Bréfritari: Klemens Björnsson
Viðtakandi: Jón Borgfirðings Jónsson
Dagsetning: A-1855-11-07
Skrifað á: Ferstiklu  Borg.

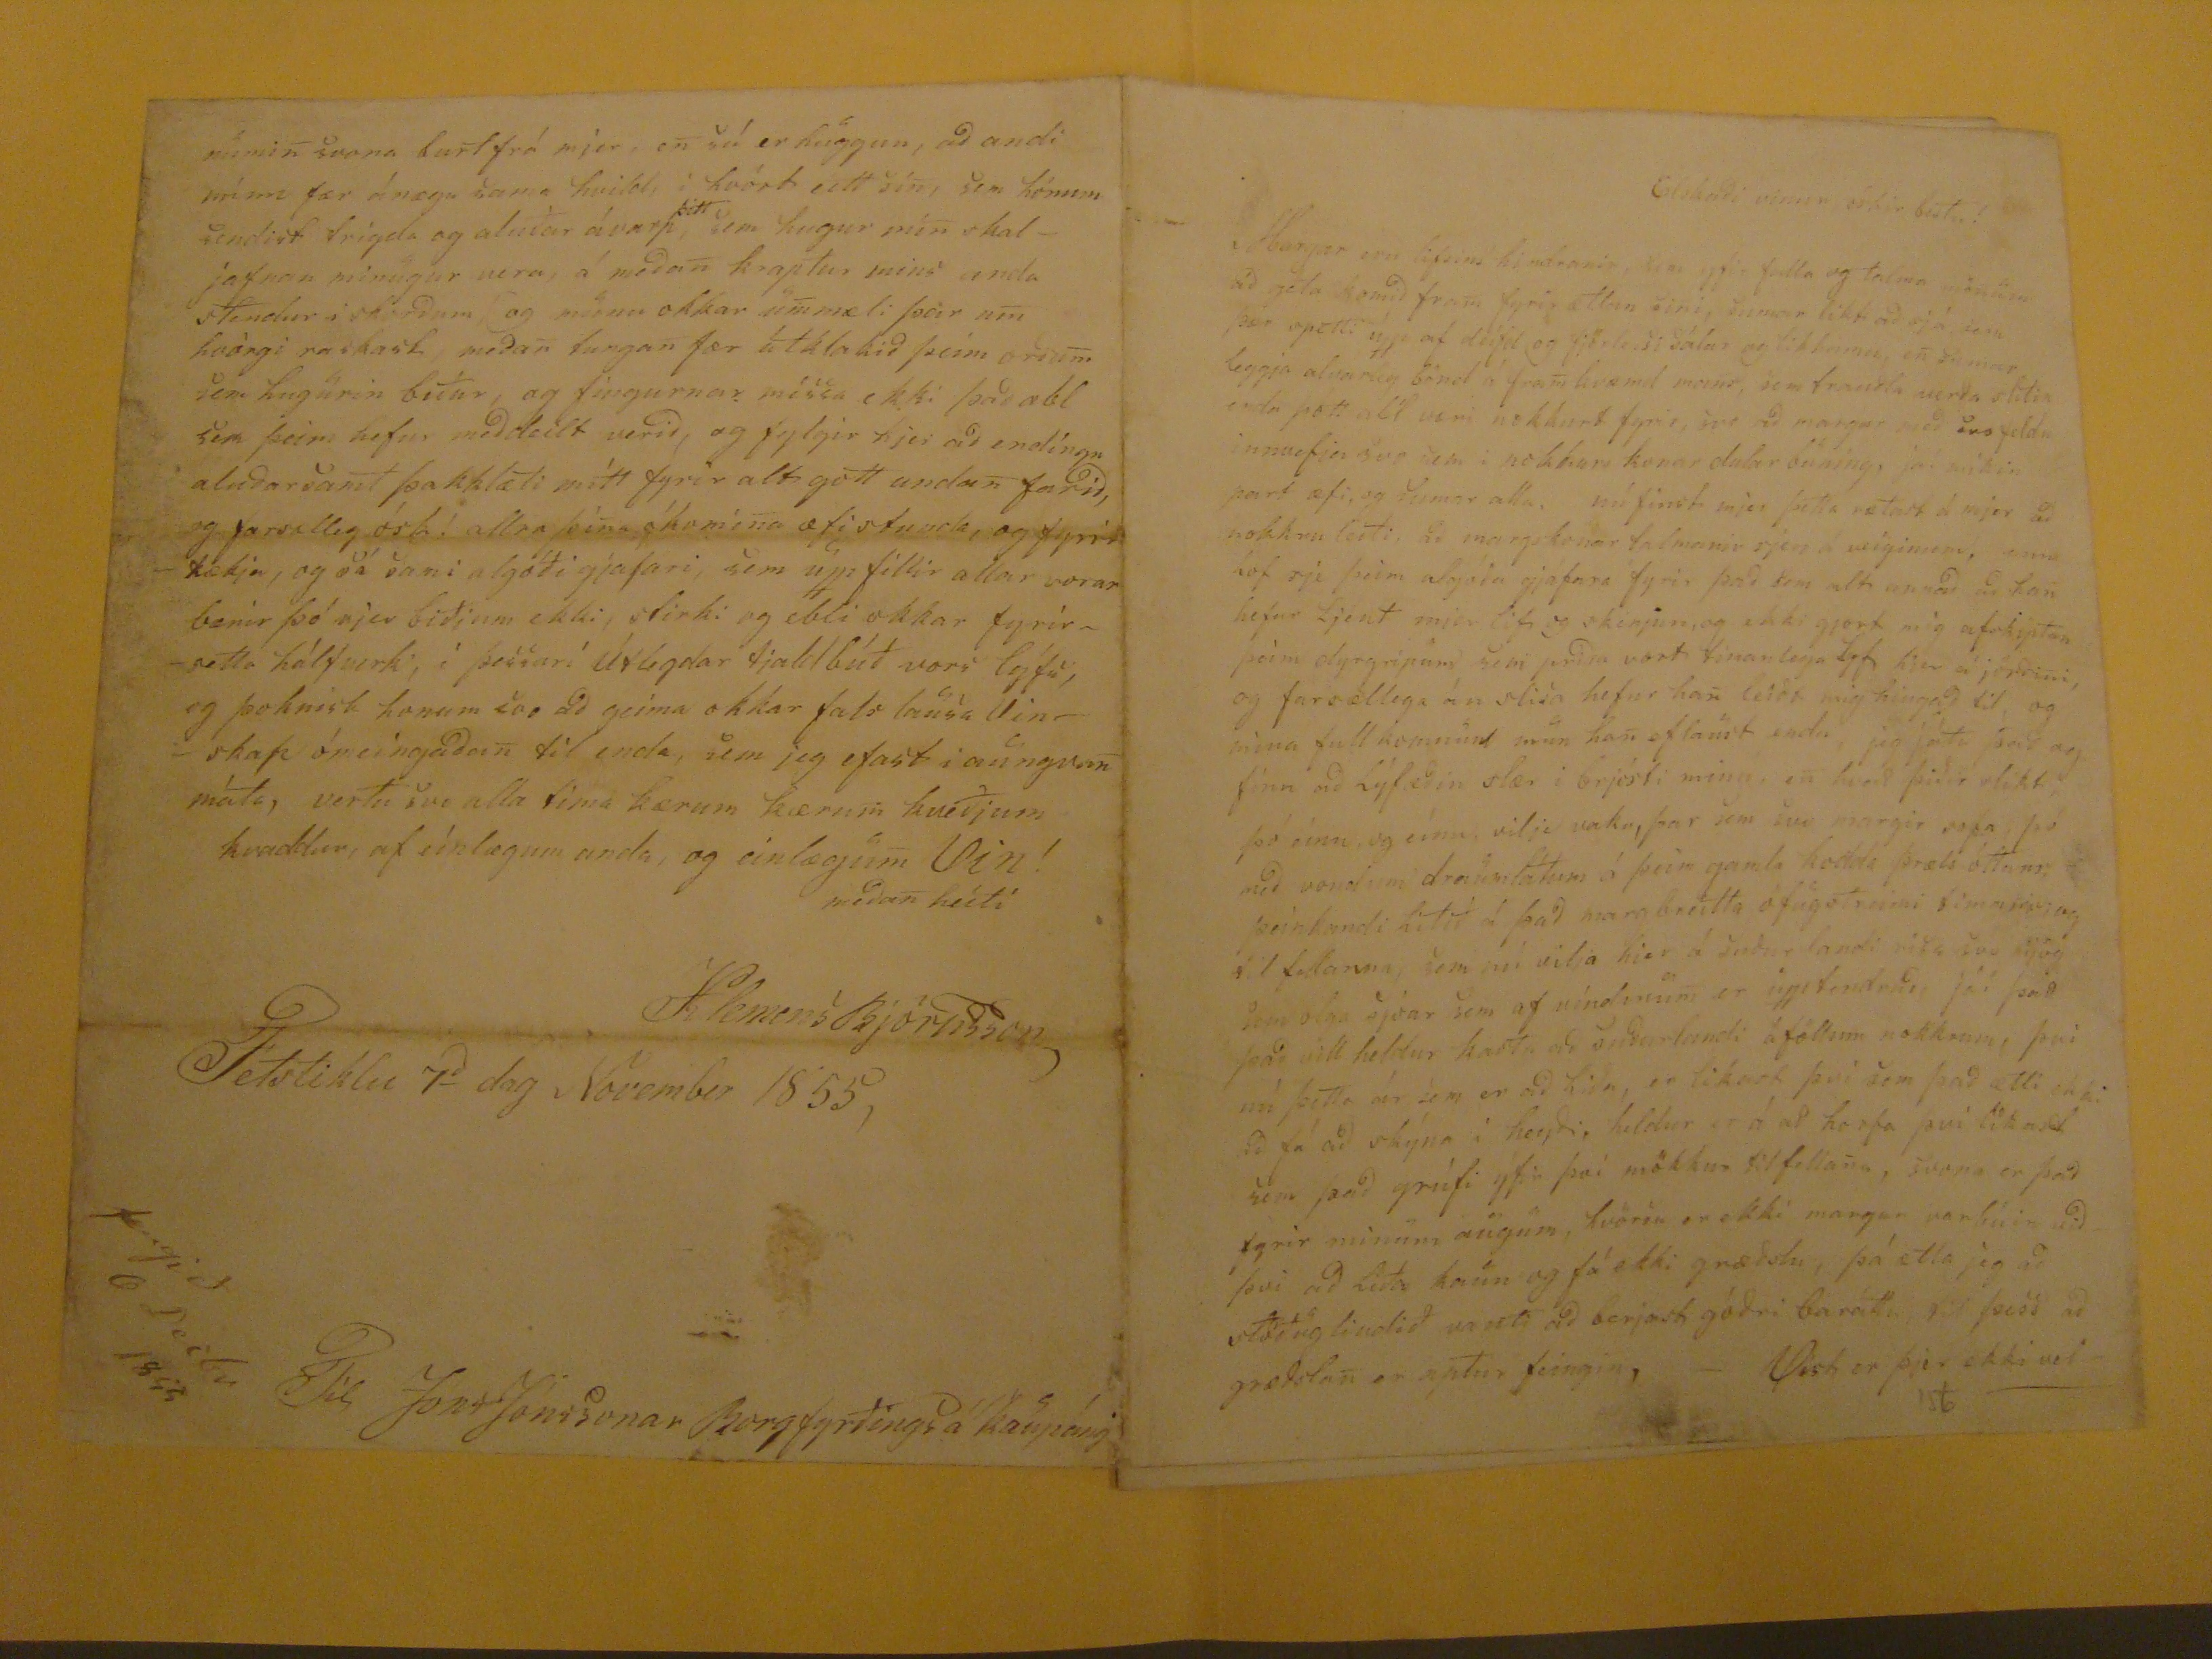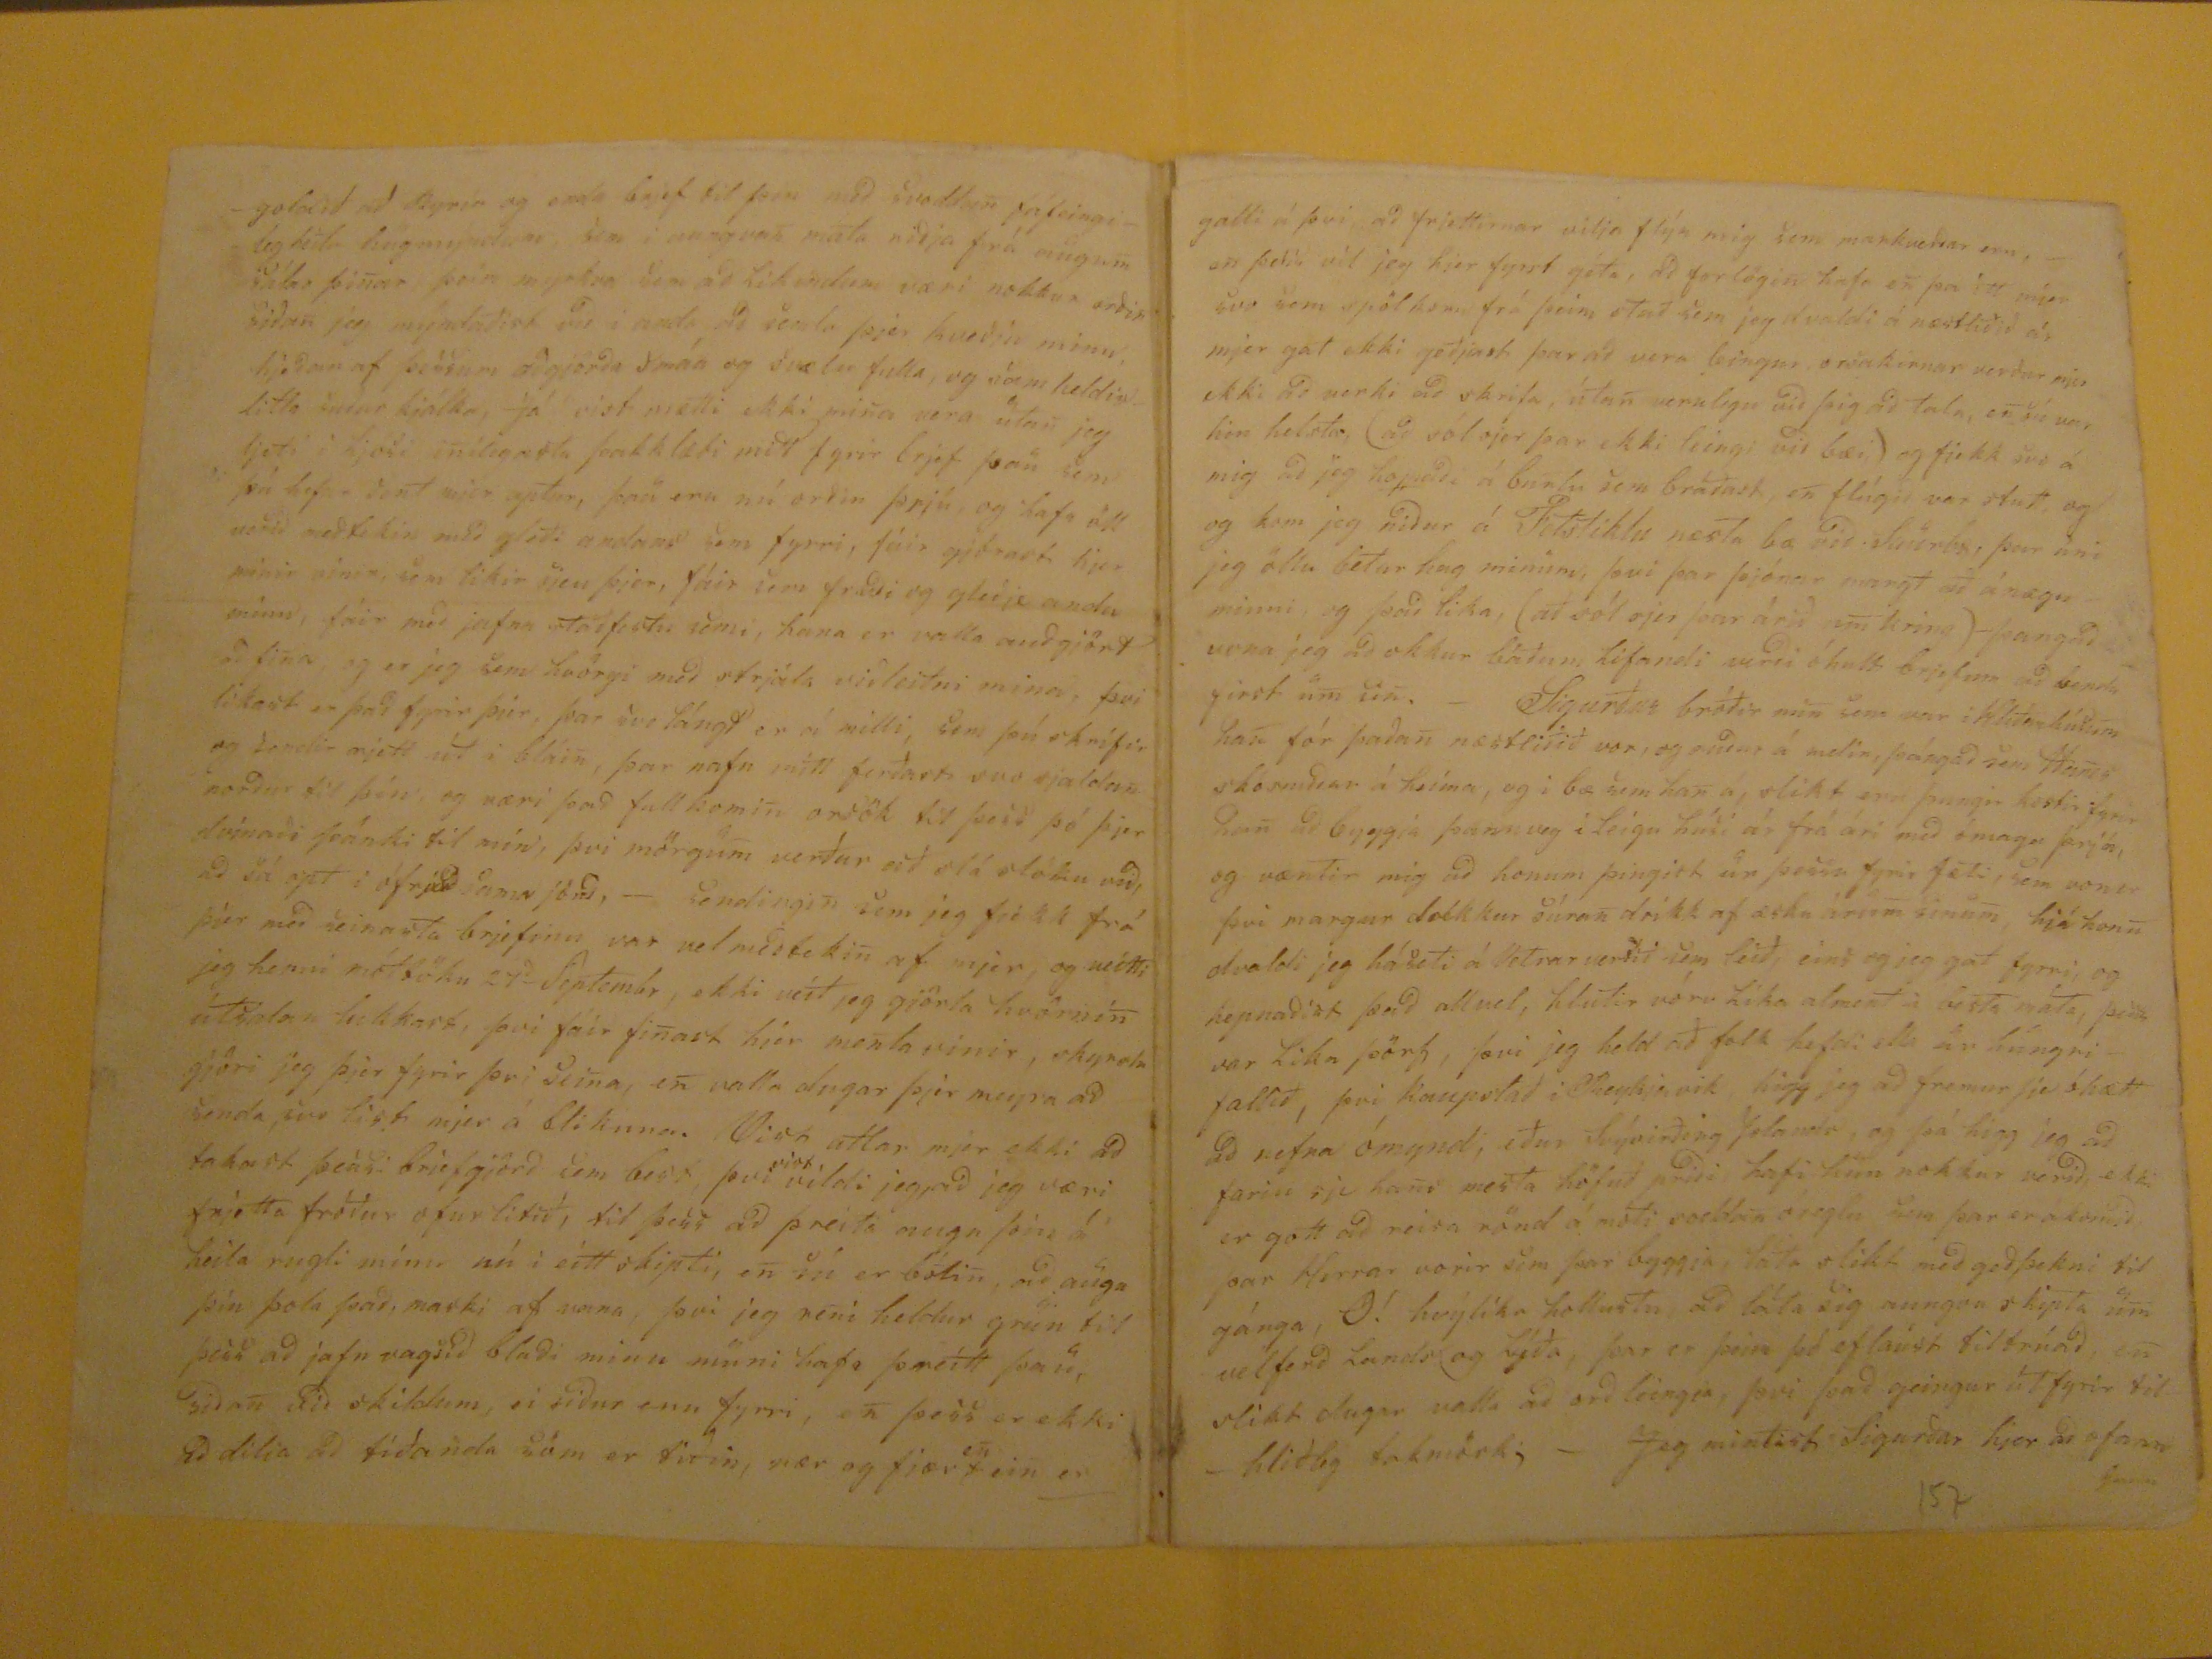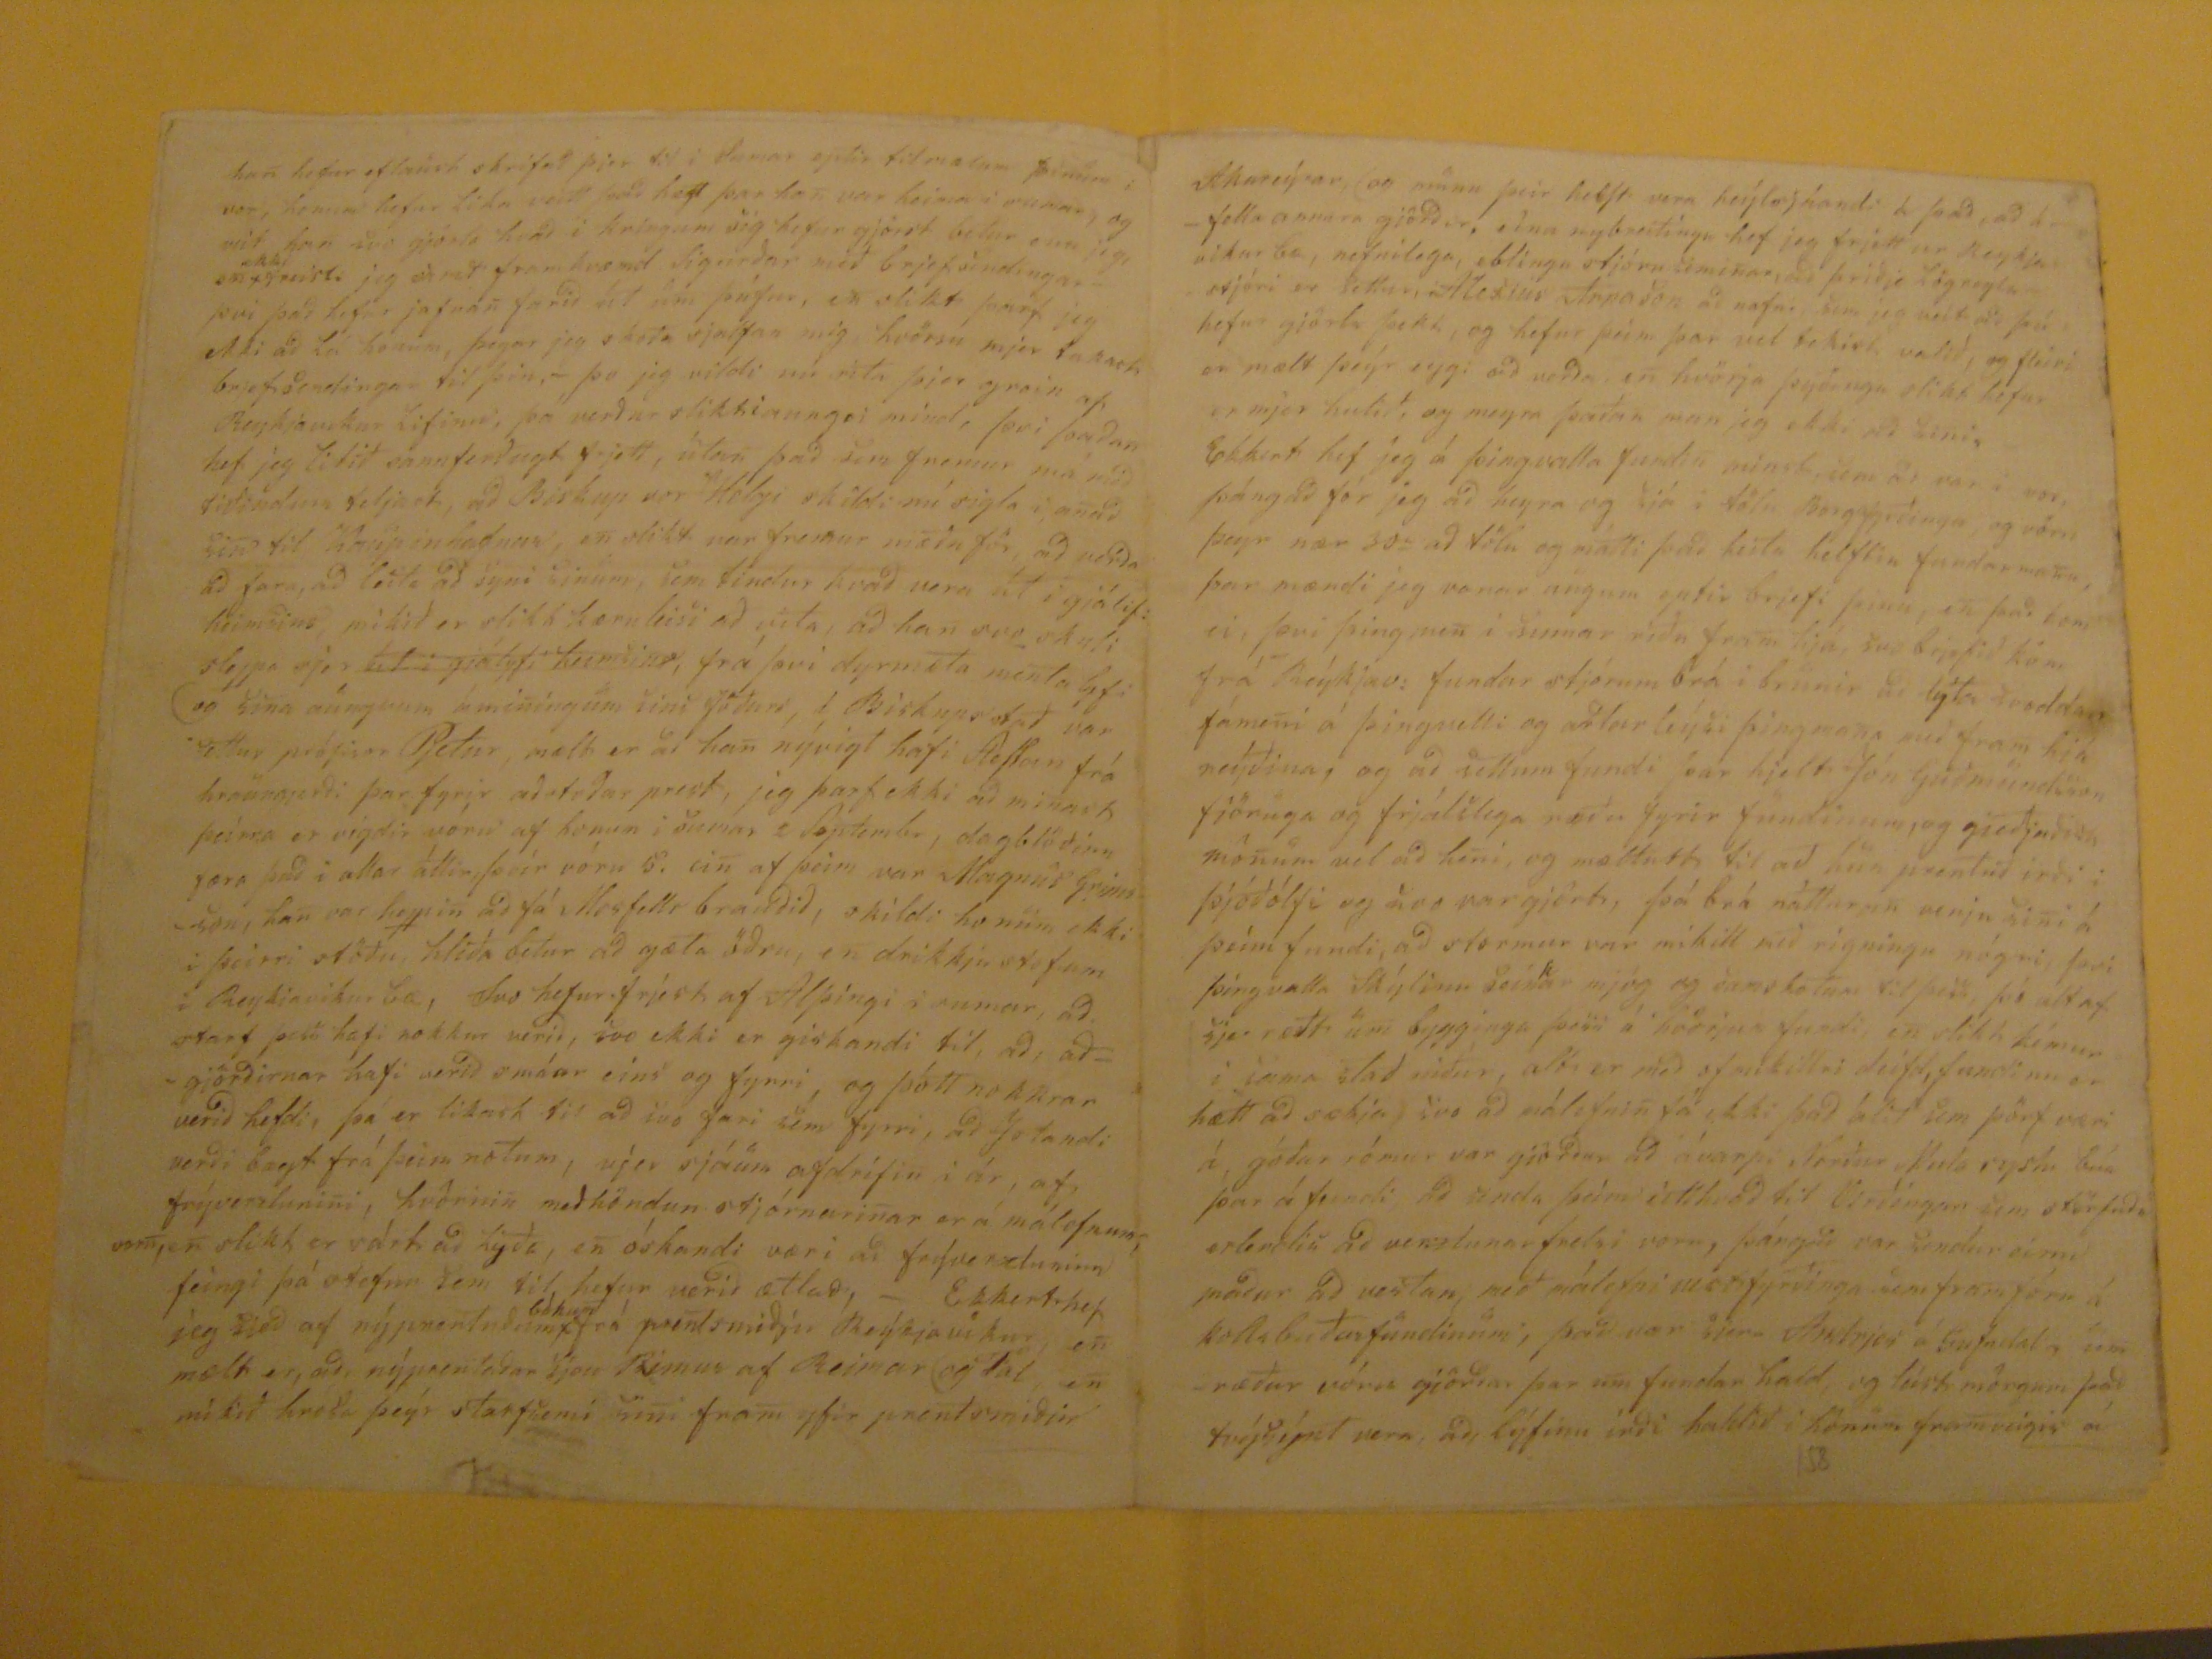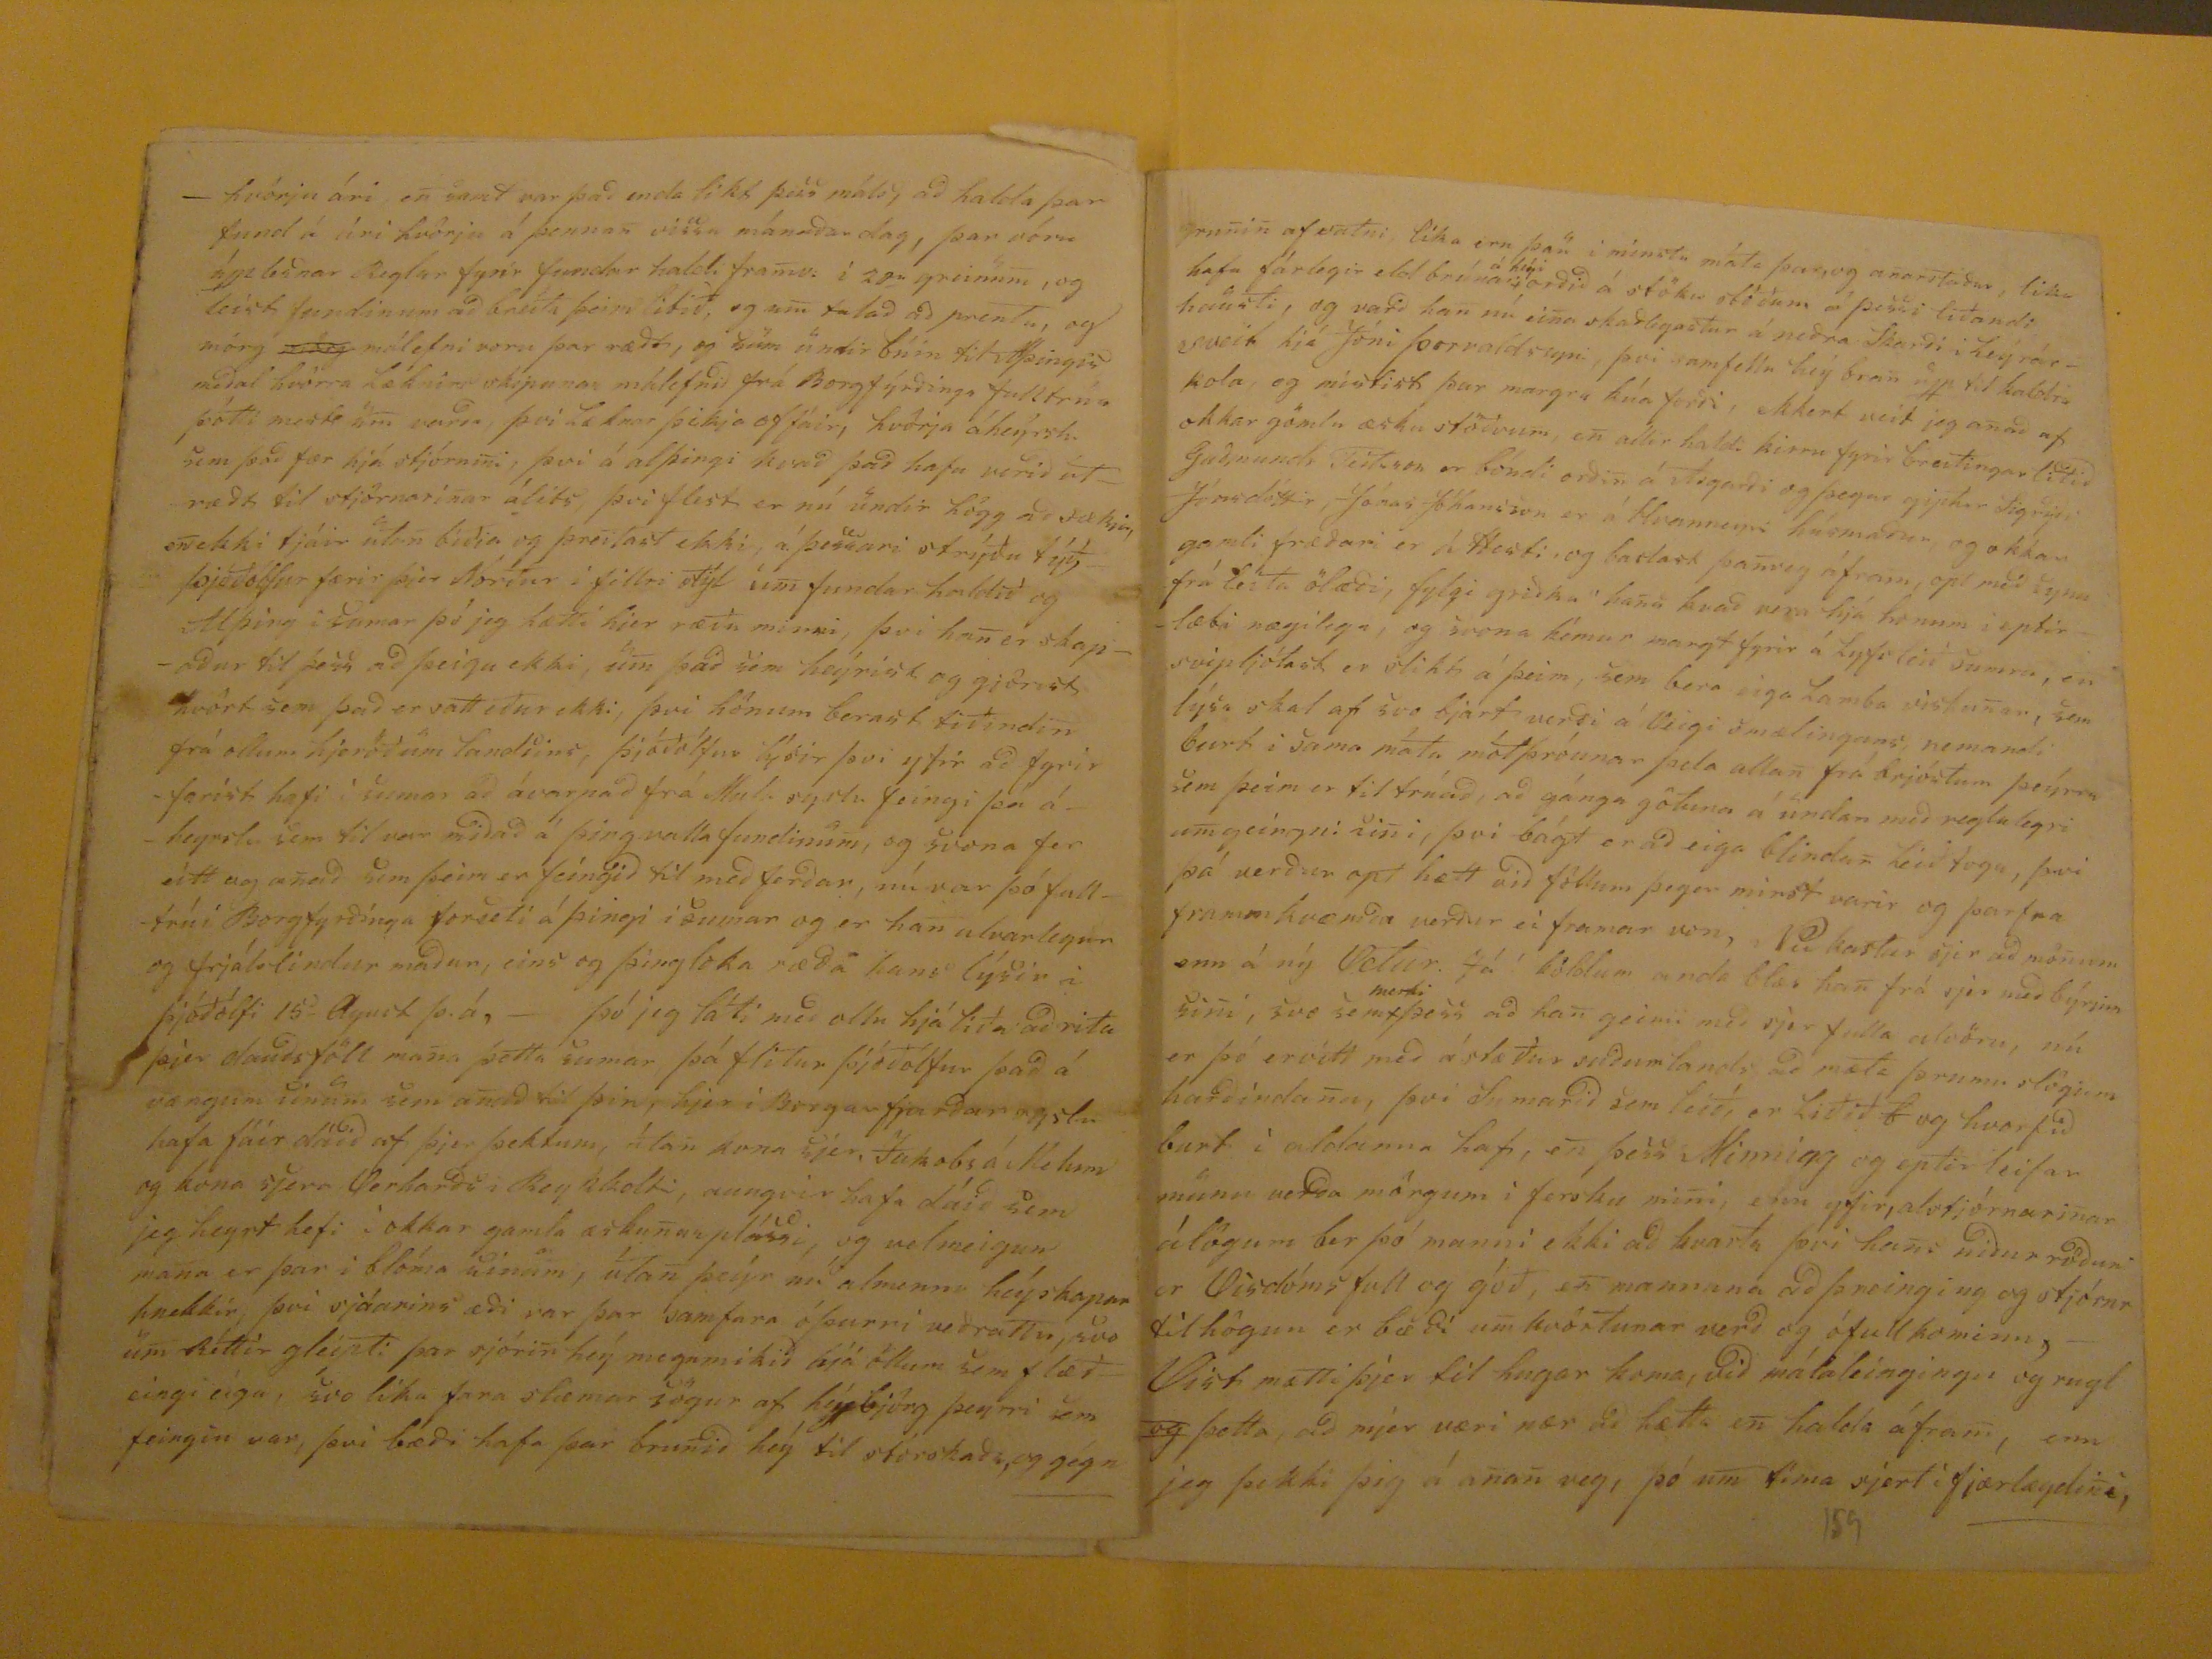

Elskaði vinur óskir bestu!
Margar eru lifsins hindranis, sem yfir falla og talma mönum að geta komið fram fyrir ætlan sini, sumar likt að sjá sem þær spetti upp af deifd og fjörleisi sálar og likama, en sumar leggja alvarleg bönd á fram kvæmd mans, sem trauðla verða slitin enda þótt alt væri nokkurt fyrir, svo að margar með svo feldu innvefju svo sem i nokkurs konar dular búning,
??
mikin part æfi, og sumar alla nú finst mjer þetta rætast á mjer að nokkru leiti, að margskonar talmanir sjeu á veiginum, enn lof sje þeim algóða gjafara fyrir það sem alt annað að han hefur ljent mjer lif og
skenpin
, og ekki gjort mig afskiptan þeim dyrgripum sem priða vort timanlega lyf hjer á jörðini og farsællega án sliða hefur han leiðt mig hingað til og mina full komnum mun han eflaust enda jeg játa það og finn að lýfæðin slær i brjósti minu, en hvað þiðir slikt þó einn, og einn vilji vaka, þar sem svo margir sofa þó með vondum draumlátum á þeim gamla kodda þræls óttans, þánkandi litlið á það margbreitta ögugstreimi
timans og
til fellanna, sem nú vilja hier á suður landi riss svo mjög sem olga sjóar sem af vindinum er upptendruð fái það það vill heldur kasta að suðurlandi áföllumnokkrum, það nú þetta ár sem er að liða, er likast þvi sem það ætti ekki að fá að skýna í heyði, heldur er á að horfa þvi likast sem það grúfi yfir því mökkur tilfellana, svona er það fyrir minum augum, hvöriu er ekki margur vanbúin við þvi að liða kaun og fá ekki græðslu, þá ætla jeg að stöðug lindið vanti að berjast góðri baráttu, til þess að græðslan er aptur feingin, Vist er þjer ekki vel
goldið að Byria og enda brjef til þin með svoddan fáfeingileg heilu hugmyndum, sem i aungvan máta riðja frá augum
Ðntar
þinar þeim myrkva sem að likindum væri nokkur
orðir
siðan jeg myndaðist við i anda að senda þjer kveðjumina, hjeðan af þessum aðgjörða smáa og svælu fulla, og sam heldislitla
intur kjálka
, Já vist mætti ekki mina vera utan jeg ljeti i ljósi inilegasta þakklæti mitt fyrir brjef þau sem þú hefur sent mjer aptur, þau eru nú orðin þrjú, og hafa öll verið meðtekin með gleði andans sem fyrri, fáir gjörast hjer minir vinir, sem likir sjeu þjer, fáir sem fræði og gleðje anda minn, fáir með jafna staðfestu semi, hana er valla auðgjört að fina, og er jeg sem hvörgi með strjála viðleitni mina, þvi likast er það fyrir þjer, þar svo lángt er á milli, sem þú skrifir og sendir rjett út i bláin, þar nafn mitt ferðast svo sjaldan norður til þ´ðin, og væri það fullkomin orsök til
þeir
þó þjer dvínaði þánki til mín, þvi mörgum verður að slá slöku við, að sá opt i
ófrjoð
sama jörð,- sendingin sem jeg fjekk frá þjer með seinasta brjefinu var vel meðtekin af mjer, og veitti jeg henni móttöku 27
d
Septembr, ekki veit jeg gjörla hvörnin útsalan lukkast, þvi fáir finast hjer mentavinir,
skyrar
gjöri jeg þjer fyrir þvi seina, en valla dugar þjer meyra að senda, svo list mjer á blikuna. Vist ætlar mjer ekki að takast þessi brjefgjörð sem best, þvi
vist
vildi jeg,að jeg væri frjetta fróður ofurlitið, til þess að þreita augu þin á heita rugli minu nú í eitt skipti, en sú er bótin, að augu þín þola það, marki af unna, þvi jeg reni heldur grun til
þeir
að jafn vagsið blaði minu muni hafa þreitt þan, siðan við skildum, ei siður enn fyrri, en þess er ekki að dilia að tiðanda sam er tiðin, nær og fjær
en
ein er
galli á þvi, að friettirnar vilja flýa mig sem markverðar eru, en þess vil jeg hjer fyrst géta, að forlögin hafa en þa itt mjer svo sem spölkorn frá þeim stað sem jeg dvaldi á næstliðið ár mjer gat ekk igeðjast þarað vera leingur orsakirnar verður mjer ekki að verki að skrifa, utan verulegu við þiga ð tala, en sú var hin helsta, (að sól sjer þar ekki leingi við bæi,) og fjekk svo á mig að jeg hoppaði á burtu sem bráðast, en flúgið var stutt og og kom jeg niður á Fetstiklu næsta bæ við Saurbæ, þaráni jeg öllu betur hag minum, þvi þar þjónar margt að ánægu mini, og það lika, (að sól sjer þar árið um kring)- þangað vona jeg að okkur báðum lifandi verði óhult brjefum að benda first um sin. - Sigurður bróðir min sem var i Hliðarhúsum han fór þaðan næstliðið vor, og suður á melin, þángað sem HAnes skósmiður á heima, og i bæ sem han á, slikt eru þungir kostir fyrir han að byggja þann veg i leigu húsi ár frá ári með ómaga þrjá, og væntir mig að honum þingist úr þessu fyrir féti, sem von er þvi margur drékkur súran drikk af æsku árum sinum, hjá konu dvaldi jeg háseti á Vetrar vertið sem leið, sem og jeg gat fyrri, og hepnaðist það allvel, hlutir vóru lika alment i besta máta, þess var lika þörf, þvi jeg held að folk hefdi
illa úr
hungri fallið, þvi kaupstað i Reykjavik higg jeg að fremur sje óhætt að nefna ómynd, eður Svývirðing Oslands, og þá higg jeg að farin sje hans mesta höfuð
uriði
hafi hun nokkur verið, ekki er gott að reisa rönd á moti soddan óreglu sem þar er á komið þar Herrar vorir sem þar byggja, láta slikt með geðþekni til gánga, O! hvýlíka hollustu, að láta sig aungan skipta um velferð lands og lýða, þar er þeim þó eflaust tiltrúað, en slikt dugar valla að orðleingja, þvi það geingur útfyrir tilhliðleg takmörk; - Jeg mintist Sigurðar hjer að ofann
han hefur eflaust skrifað þjer til i Sumar eptir tilmælum þinum i vor, honum hefur lika veitt það hægt þar han var heima i sumar, og veit han svo gjörla hvað i kringum sig hefur gjörst betur enn jeg,
en
ekki
reist. jeg
sa með
framkvæmd Sigurðar með brjef sendingar þvi það hefur jafnan farið ut um þúfur, en slikt þarf jeg ekki að lá honum, þegar jeg skoða sjalfan mig hvörsu mjer takast brjefsendingar til þin,- þo jeg vildi nú rita þjer grein af Reykjavikur lifinu, þá verður sliktiaungri mind, þvi þaðan hef jeg litið sannferðugt frjett, utan það sem fremur má við tiðindum teljast, að Biskup vor Helgi skildi nú sigla i anað sin til Kaupinhafnar, en slikt var fremur mæðuför, að verða að fara, að leita að syni sinum, sem tindur kvað vera út i gjálif: heimsins, mikið er slikt kæruleisi að vita, að han svo skilu sleppa sjer
ut i gjályfi heimsins
, frá þvi dyrmæta mentalyfi og sina aungvum áminingum
sini föðurs
, i Biskupsstað var settur prófisor Pjetur, mælt er að han nývigt hafi
Steffan
frá hraungjerði þar fyrir aðstoðar prest, jeg þarf ekki að minast þeirra er vigdir vóru af honum i sumar i September, dagblöðinn færa það i allar áttir, þeir vóru 5. ein af þeim var MAgnus Grimsson, han var heppin að fá Mosfells brauðið, skildi honum ekki i þeirri stöðu, hliða betur að gæta öðru, en drikkju stofum i REykjavikurbæ, Svo hefur frjest af Alþíngi i sumar, að starf þess hafi nokkur verið, svo ekki er giskandi til, að, aðgjörðirnar hafi verið smáar eins og fyrri, go þótt nokkrar verið efdi, þá er likast til að svo fari sem fyrri, að Islandi verði bægt frá þeim notum, vjer sjáum afdrifin i ár, af frýverslunini, hvörnin meðhöndun stjórnarinar er á málefnum en slikt er várt að lýða, en óskandi væri að frýverxluninn feingi þá stefnu sem til hefur verið ætlað, - Ekkert hef jeg sjeð af nýprentuðum
bókum
frá prentsmiðju Reýkjavíkur, en mælt er, að nýprentaðar sjeu Rimur af Reimar (og
Tal
, en mikið hrosa þeýr starfsemi sini fram yfir prentmiðju
Akureýrar, og munu þeir helst vera
heýlo?handi
á það, að
h?fell
annara gjörðir, eina nybreitingu hef jeg frjett ur Reykjavikur bæ, nefnilega, eblingu stjórn
seminar
, að þriðje Lögreglustjóri er settur,
Alexius Arnason
að nafni, sem jeg veit að þú hefur gjörla þekt, og hefur þeim þar vel tekist valið, og fleiri er mælt
þeýr eygi
að verða, en hvörja þyðingu slikt hefur er mjer hulið, go meyra þaðan man jeg ekki að sini, Ekkert hef jeg á Þingvalla funin minst, sem að var i vor, þángað f´ro jeg að heyra og sjá i tölu Borgfyrðinga, og vóru þeyr nær 30
u
að tölu og mátti það heita helftin fundarmana, þar mændi jeg vonar augum eptir brjefi þinu, en það kom ei, þvi þingmen i sumar réðu fram hjá, svo brjefið kom frá Reýkjav: fundar stjórum brá i brunir að lýta svoddan fámeni á þingv elli og
arlar
leysi þingmana með fram hjá neýðina, og að settum fundi þar hjelt Jón Guðmundsson fjöruga og frjálslega ræðu fyrir fundinum, og
gieðjaðist
mönum vel að heni, og mættust til að hun prentuð irði i Þjóðólfi og svo var gjört, þá brá nátturan venju sini á þeim fundi, að stormur var mikill með rigningu nógri, þvi Þingvalla Skýlinu sein
k
ar mjög og samskonar til þess, þó altaf sje ræðt um byggingu þess á
hvorju?
fundi, en slikt kémur i sama stað niður, alt er með ofmikillri deifd,fundinn er hætt að sækja svo að málefnin fá ekki það álit sem þörf væri á, góður rómur var gjörður að ávarpi N orður Mula syslu búa þar á fundi að senda þeim eitthvað til Virðingar sem störfuðu erlendis að venzlunarfrelsi voru, þángað var sendur eirn maður að vesta, með málefni
metfyrðinga
sem fram fóru á
kolla
burðarfundinum, það var sjera Andrjes á Gufudal, umræður vóru gjörðar þar um fundar hald, og leist mörgum það tvýsýnt vera, að lýfinu irði haldið i hönum framveigis á
-hvörju ári, en samt var það enda likt þess máls, að halda þar fund á ári hvörju á þennan vissa mánaðardag, þar vóru upplesnar Reglur fyrir fundar haldi framv. i 20
u
greinum, og leist fundinum að breita þeim litið, og um talað að prenta, og mörg
mörg
málefni voru þar ræðt, og sum undir búin til Alþingis meðal hvörra læknir skipunar málefnið frá Borgfýrðinga fulltrúa þótti
mest
um varða, þvi læknar þikja offáir, hvörja áheýrsl. sem það fær hjá stjórnini, þvi á alþingi kvað það hafa verið útræðt til stjórnarinar álits, þvi flest er nú undir högg að sækia, en ekki tjáir utan biðia og þreitast ekki, á þessari strýðu týð, Þjóðólfur færir þjer Norður i fillri stýl um fundar haldið og Alþing i sumar þó jeg hætti hjer ræðu minni, þvi han er skapaður til þess að þeigu ekki, um það sem heýrist og giörist hvört sem það er satt eður ekki, þvi hönum berast tiðindin frá ollum hjeröðum landsins, Þjóiðólfur lýsir þvi yfir að fyrir farist hafi i sumar að ávarpað frá Mula syslu feingi þá áheyrslu sem til var miðað á þingvallafundinum, og svona fer eitt og anað sem þeim er feingið til með ferðar, nú var þó fulltrúi Borgfyrðínga forseti á þingi i sumar og er han alvralegur og frjálslindur maður, eins og þingloka ræða hans lýsir i Þjóðólfi 15- Agust þ.á, - þó jeg láti með ollu hjá liða að rita þjer dauðsföll mana þetta sumar, þá flitur Þjóðólfur það á vængum sinum sem anað til þin, hjer i borgarfjarðar syslu hafa fáir dáið af þjer þektum, útan kona sjer Jakobs á Melum og kona sjera Verharði i Reykholti, aungvir hafa dáið sem jeg heyrt hefi i okkar gamla æskunarplássi, og velmeigum mana er þar i blóma sinum, útan þeýr ur almennu heýskapar hnekkir, þvi sjáarins æði var þar samfara óþurri veðráttu, svo um Réttir gleipti þar sjórin heý megnmikið hjá öllum sem flæðeingi eiga, svo lika fara slæmar sögur af heýbjörg þeyrri sem feingin var, þvi bæði hafa þar brunið heý til stórskaðs, og gégn
runin af vatni, lika eru þau i minsta máta þar,og anarstaðar, lika hafa fárlegir eld brúnar
á heýi
orðið á stöku stöðum á þessi liðandi hausti, og varð han nú eina skaðlegastur á neðra Skarði i Leyrarsveit hjá Jóni Þorvaldssyni, þvi samfellu heý bran upp til kaldra kola, og mistist þar margra kúa forði, ekkert veit jeg anað af okakr gömlu æsku stöðvum, en allir haldi kirru fyrir breitingar litið Guðmunds Teitsson er bóndi orðin á Asgarði og þegar giptur Sigriði Jónsdóttir, -Jónas Jóhansson er á Hvanneyri húsmaður, og okkar gamli fræðari er á Hesti, og baslast þanveg áfram, opt með syna frá leita ölæði, fylgi griðka hana kvað vera hjá honum i eptirlæti nægilega, og svona kémur margt fyrir á Lyfsleið sumra, en svipljótast er slikt á þeim, sem bera eiga Lamba viskunar, sem lýsa skal af svo bjart verði á Veigi smælingans, memandi burt i sama máta mótþróunar
þela
allan frá brjósum þeýrra sem þeim er tiltrúað, að gánga götuna á undan með reglulegri um geingni sini, þvi bágt er að eiga blindan lieðtoga, þvi þá verður opt hætt við föllum þegar minst varir og þarfra frammkvæmða verður ei framar von, Nú kostur sjer að mönum enn á ný Vetur. Já! köldum anda blðs han frá sjer með býrjun sini, svo sem
merki
þess að han geimi með sjer fulal alvöru, nú er þó ervitt með ástæður suðurlands að mæta þrumuslögum harðindana, þvi Sumarið sem leið, er liðið
b
og hvorfið burt i aldanna haf, en þess
Minnieg
og eptir leifar munu verða mörgum i fersku mini, enn yfir, alstjórnarinar álögum ber þó manni ekki að kvarta þvi
hans
niður röðun er Visdómsfull og góð, en mannana að þreinging og stjórnr tilhögun er bæði um kvörtunar verð og ófullkomin,- Vist mætti þjer til hugar koma, við málaleingingu og rugl
og
þetta, að mjer væri nær að hætta en halda áfram, enn jeg þekki þig á anan veg, þó um tíma sjert i fjærlægdini,
numir
svona burt frá mjer, en sú er uggun, að andi minn fær ánægu sama hvild, i hvört eitt sin, sem hönum sendist trigda og alúðar ávarp
þitt
, sem hugur min skal jafnan minugur vera, á meðan kraptur mins anda stenur i skorðum og munu okkar ummæli þar um hvörgi raskast, meðan tungan fær útklakið þeim orðum sem hugurin biður, og fingurnar missa ekki það abl sem þeim hefur meðdeilt verið, og fylgir hjer að endingu aluðarsamt þakklæti mitt fyrir alt gott ujndan farið, og farsælleg ósk! allra þina ókomina æfustunda, og fyrir kækja, og sá sami algóði gjafari, sem uppfyllir allar vorar bænir þó
vjer
biðjum ekki, stirki og ebli okkar fyrirsetta hálfverk, i þessarí Útlegdar tjaldbúð vors lýfs, og þoknist honum svo að geima okkar fals lausa Vinskap ómeingaðan til enda, sem jeg efast i aungum máta, vertu svo alla tíma kærum kærum kveðjum kvaddur, af eínlægum anda, og einlægum Vin! meðan heíti
Klemens Björnsson
Fetstiklu
7
d
dag November 1855,
Til Jóns Jónssonar Borgfyrðings á Kaupáng